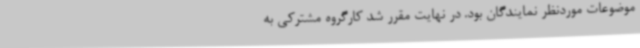
موضوعات موردنظر نمایندگان بود. در نهایت مقرر شد کارگروه مشترکی به